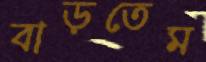
বাড়তেম